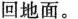
回地面。